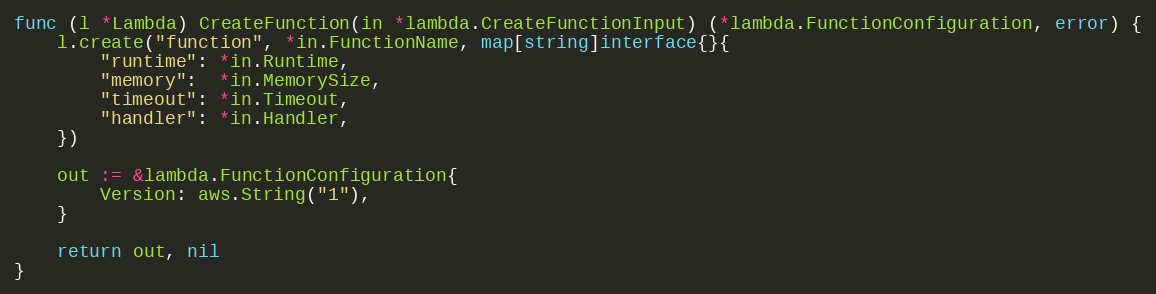
Language: Go
func (l *Lambda) CreateFunction(in *lambda.CreateFunctionInput) (*lambda.FunctionConfiguration, error) {
	l.create("function", *in.FunctionName, map[string]interface{}{
		"runtime": *in.Runtime,
		"memory":  *in.MemorySize,
		"timeout": *in.Timeout,
		"handler": *in.Handler,
	})

	out := &lambda.FunctionConfiguration{
		Version: aws.String("1"),
	}

	return out, nil
}